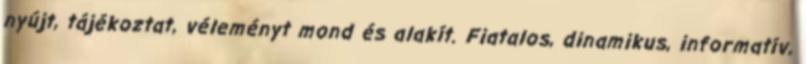
nyújt, tájékoztat, véleményt mond és alakít. Fiatalos, dinamikus, informatív,